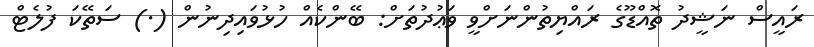
ރައީސް ނަޝީދު ތޮއްޑޫގެ ރައްޔިތުންނަށްވީ ވަޢުދުތަށް: ބޭންކެއް ހުޅުވައިދިނުން (.) ސަތޭކަ ފުލެޓް